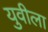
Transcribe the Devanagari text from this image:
युवीला